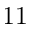
\boldsymbol { 1 1 }